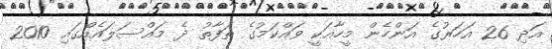
އަދި 26 އަހަރުގެ އަންހެން މީހާއަކީ ވައްކަމުގެ ތަފާތު ދެ މައްސަލައެއްގައި 2010